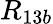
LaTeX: R_{13b}